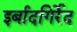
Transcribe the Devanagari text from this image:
इर्बादगिर्रेद